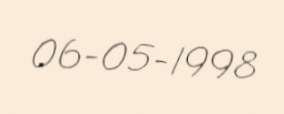
06-05-1998